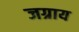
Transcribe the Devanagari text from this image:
जग्राय